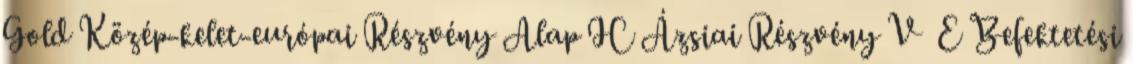
Gold Közép-kelet-európai Részvény Alap IC Ázsiai Részvény V E Befektetési